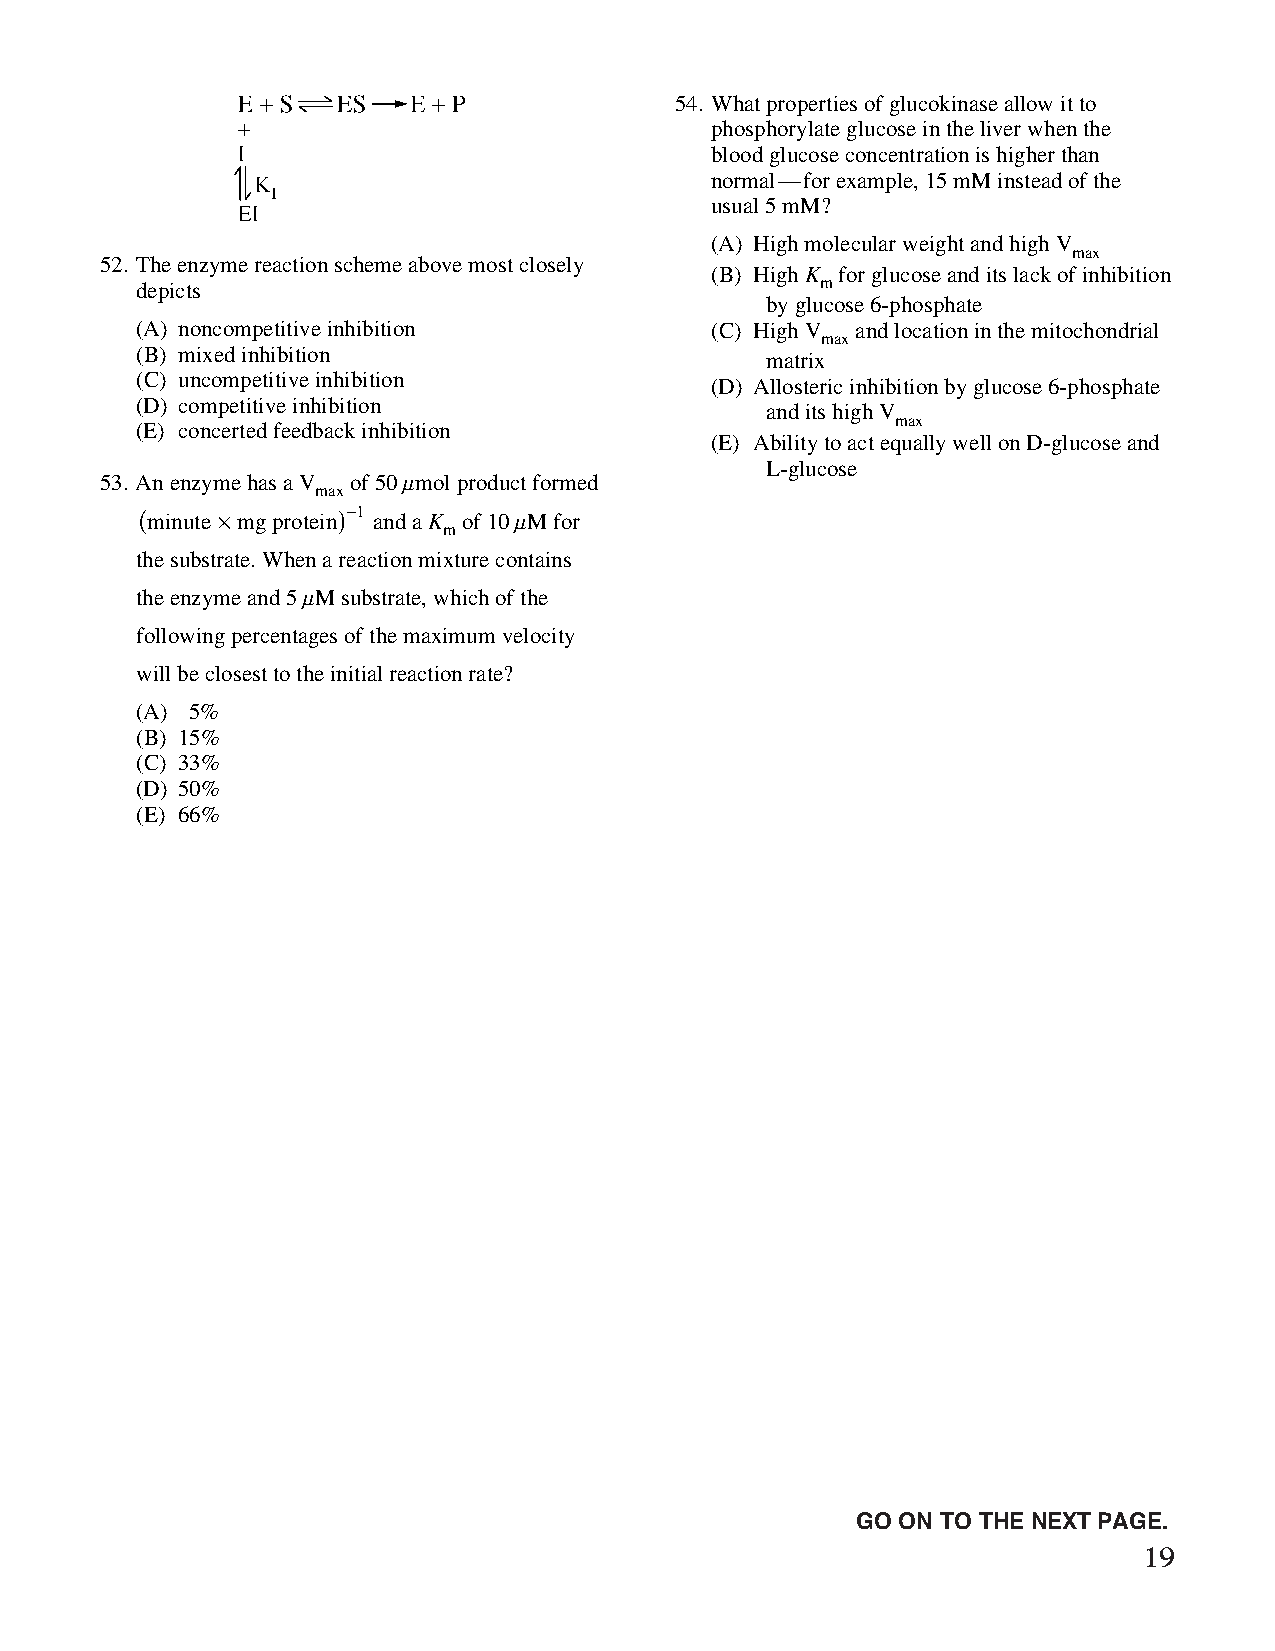
54. What properties of glucokinase allow it to
 phosphorylate glucose in the liver when the
 blood glucose concentration is higher than
 normal—for example, 15 mM instead of the
 usual 5 mM?
 (A) High molecular weight and high V
 max
 52. The enzyme reaction scheme above most closely
 (B) High K for glucose and its lack of inhibition
 depicts                                      m
 by glucose 6-phosphate
 (A) noncompetitive inhibition         (C) High V and location in the mitochondrial
 max
 (B) mixed inhibition
 matrix
 (C) uncompetitive inhibition
 (D) Allosteric inhibition by glucose 6-phosphate
 (D) competitive inhibition
 and its high V
 max
 (E) concerted feedback inhibition
 (E) Ability to act equally well on D-glucose and
 L-glucose
 53. An enzyme has a V of 50 mmol product formed
 max
 (minute ¥ mg protein ) -1 and a K of 10 mM for
 m
 the substrate. When a reaction mixture contains
 the enzyme and 5 mM substrate, which of the
 following percentages of the maximum velocity
 will be closest to the initial reaction rate?
 (A) 5%
 (B) 15%
 (C) 33%
 (D) 50%
 (E) 66%
 Unauthorized copying or reuse of
 any part of this page is illegal.                GO ON TO THE NEXT PAGE.
 19
 GO ON TO THE NEXT PAGE.
 -11-
 007884-72507 GRE Biochemistry Test Practise Book • Dr01 4/17/08 ta • Dr02 5/7/08 ta • Dr03 5/20/08 ta • [NEW 108353] • CS6 • Dr01 5/1/15 jw • [New
 Job] 007884-113203 Drft01 3/22/16 ew